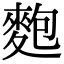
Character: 麭